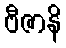
ဗီဇာနိ